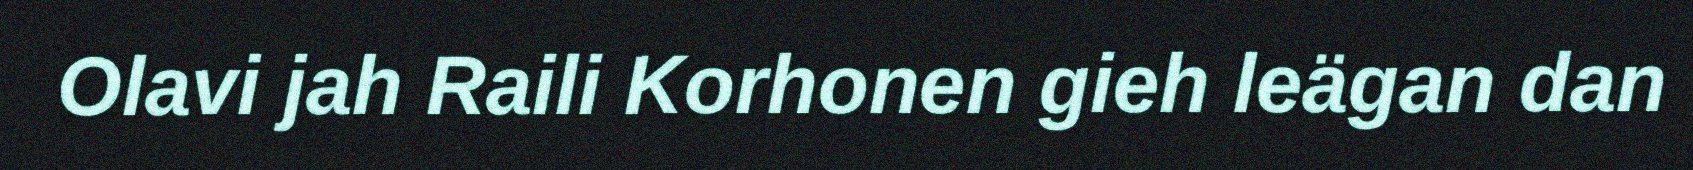
Olavi jah Raili Korhonen gieh leägan dan